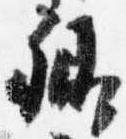
卿